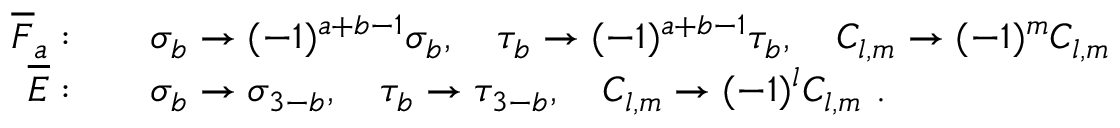
\begin{array} { r l } { \overline { { F } } _ { a } : } & { \quad \sigma _ { b } \to ( - 1 ) ^ { a + b - 1 } \sigma _ { b } , \quad \tau _ { b } \to ( - 1 ) ^ { a + b - 1 } \tau _ { b } , \quad { C } _ { l , m } \to ( - 1 ) ^ { m } { C } _ { l , m } } \\ { \overline { { E } } : } & { \quad \sigma _ { b } \to \sigma _ { 3 - b } , \quad \tau _ { b } \to \tau _ { 3 - b } , \quad { C } _ { l , m } \to ( - 1 ) ^ { l } { C } _ { l , m } \ . } \end{array}